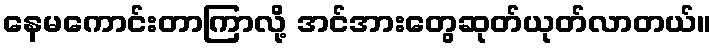
နေမကောင်းတာကြာလို့ အင်အားတွေဆုတ်ယုတ်လာတယ်။